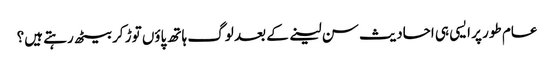
عام طور پر ایسی ہی احادیث سن لینے کے بعد لوگ ہاتھ پاؤں توڑ کر بیٹھ رہتے ہیں؟